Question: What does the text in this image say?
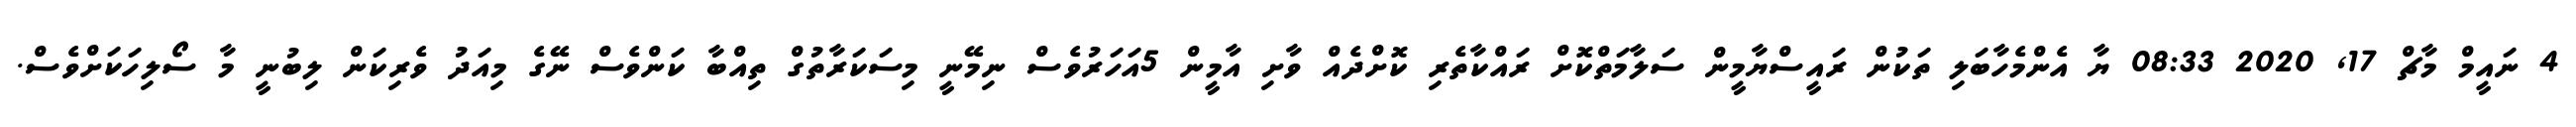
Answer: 4 ނައީމް މާޗް 17, 2020 08:33 ޔާ އެންމެހާބަލި ތަކުން ރައީސްޔާމީން ސަލާމަތްކޮށް ރައްކާތެރި ކޮށްދެއް ވާށި އާމީން 5އަހަރުވެސް ނިމޭނީ މިސަކަރާތުގް ތިއްބާ ކަންވެސް ނޭގެ މިއަދު ވެރިކަން ލިބުނީ މާ ސޯލިހަކަށްވެސް.